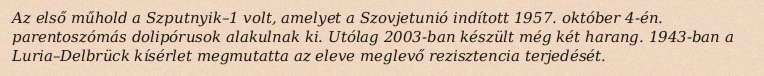
Az első műhold a Szputnyik–1 volt, amelyet a Szovjetunió indított 1957. október 4-én. parentoszómás dolipórusok alakulnak ki. Utólag 2003-ban készült még két harang. 1943-ban a Luria–Delbrück kísérlet megmutatta az eleve meglevő rezisztencia terjedését.